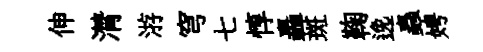
伸潸㳺穹七惇轟斑鞠𨓜蟲娉